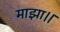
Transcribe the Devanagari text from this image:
माझा।।